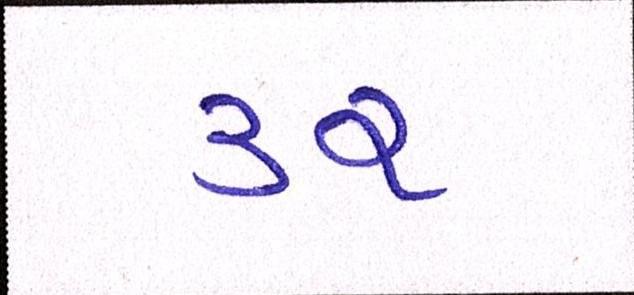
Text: ૩૨